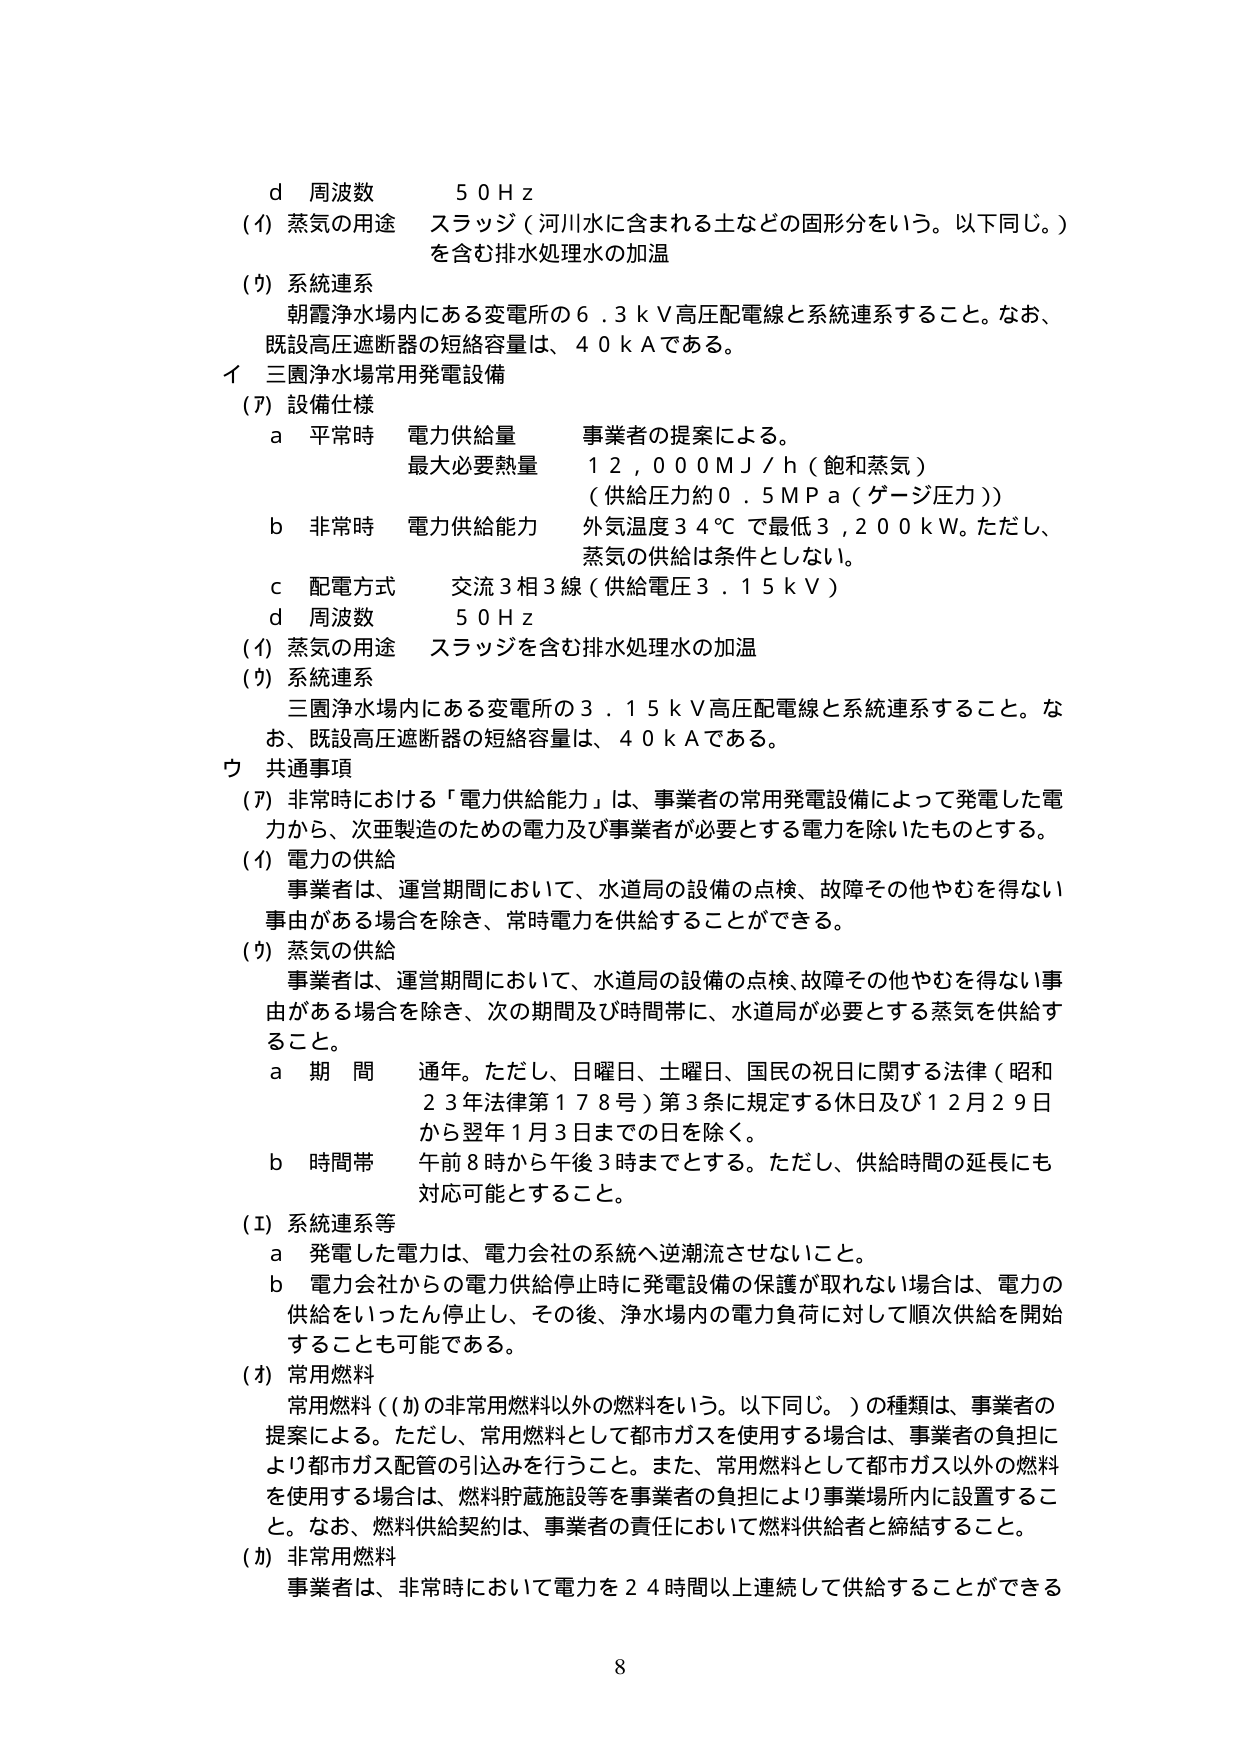
d 周波数 50Hz
(4) 蒸気の用途 スラッジ（河川水に含まれる土などの固形分をいう。以下同じ。）
を含む排水処理水の加温
(5) 系統連系
朝霞浄水場内にある変電所の6.3kV高圧配電線と系統連系すること。なお、
既設高圧遮断器の短絡容量は、40kAである。
イ 三園浄水場常用発電設備
(7) 設備仕様
a 平常時 電力供給量 事業者の提案による。
最大必要熱量 12,000MJ/h（飽和蒸気）
（供給圧力約0.5MPa（ゲージ圧力））
b 非常時 電力供給能力 外気温度34℃で最低3,200kW。ただし、
蒸気の供給は条件としない。
c 配電方式 交流3相3線（供給電圧3.15kV）
d 周波数 50Hz
(4) 蒸気の用途 スラッジを含む排水処理水の加温
(5) 系統連系
三園浄水場内にある変電所の3.15kV高圧配電線と系統連系すること。な
お、既設高圧遮断器の短絡容量は、40kAである。
ウ 共通事項
(7) 非常時における「電力供給能力」は、事業者の常用発電設備によって発電した電
力から、次亜製造のための電力及び事業者が必要とする電力を除いたものとする。
(4) 電力の供給
事業者は、運営期間において、水道局の設備の点検、故障その他やむを得ない
事由がある場合を除き、常時電力を供給することができる。
(5) 蒸気の供給
事業者は、運営期間において、水道局の設備の点検、故障その他やむを得ない事
由がある場合を除き、次の期間及び時間帯に、水道局が必要とする蒸気を供給す
ること。
a 期間 通年。ただし、日曜日、土曜日、国民の祝日に関する法律（昭和
23年法律第178号）第3条に規定する休日及び12月29日
から翌年1月3日までの日を除く。
b 時間帯 午前8時から午後3時までとする。ただし、供給時間の延長にも
対応可能とすること。
(1) 系統連系等
a 発電した電力は、電力会社の系統へ逆潮流させないこと。
b 電力会社からの電力供給停止時に発電設備の保護が取れない場合は、電力の
供給をいったん停止し、その後、浄水場内の電力負荷に対して順次供給を開始
することも可能である。
(あ) 常用燃料
常用燃料（(か)の非常用燃料以外の燃料をいう。以下同じ。）の種類は、事業者の
提案による。ただし、常用燃料として都市ガスを使用する場合は、事業者の負担に
より都市ガス配管の引込みを行うこと。また、常用燃料として都市ガス以外の燃料
を使用する場合は、燃料貯蔵施設等を事業者の負担により事業場所内に設置するこ
と。なお、燃料供給契約は、事業者の責任において燃料供給者と締結すること。
(か) 非常用燃料
事業者は、非常時において電力を24時間以上連続して供給することができる
8